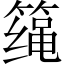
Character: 𱸤